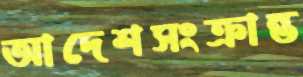
আদেশসংক্রান্ত